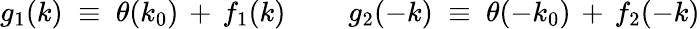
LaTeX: g_{1}(k)\; \equiv\; \theta(k_{0})\, +\, f_{1}(k)\; \; \; \; \; \; \; \; g_{2}(-k)\; \equiv\; \theta(-k_{0})\, +\, f_{2}(-k)